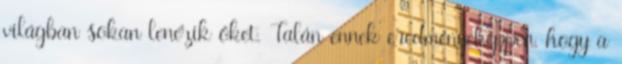
világban sokan lenézik őket. Talán ennek eredményeképpen, hogy a